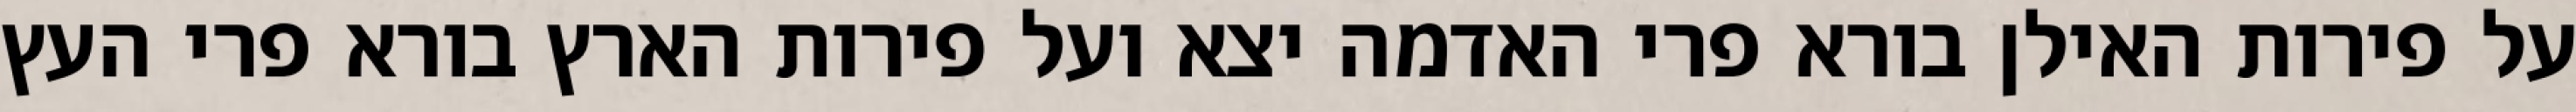
על פירות האילן בורא פרי האדמה יצא ועל פירות הארץ בורא פרי העץ